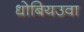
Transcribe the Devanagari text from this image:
धोबियउवा